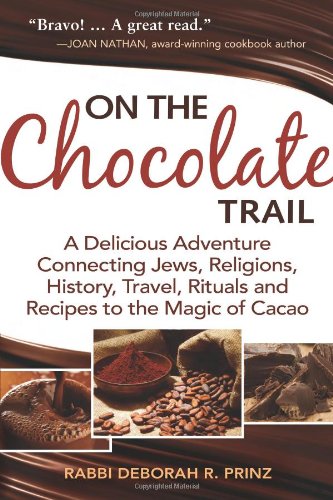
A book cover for On the Chocolate Trail: A Delicious Adventure Connecting Jews, Religions, History, Travel, Rituals and Recipes to the Magic of Cacao; Rabbi Deborah R. Prinz; Cookbooks, Food & Wine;